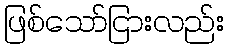
ဖြစ်သော်ငြားလည်း